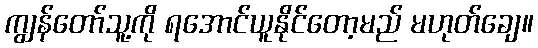
ကျွန်တော်သူ့ကို ရအောင်ယူနိုင်တော့မည် မဟုတ်ချေ။